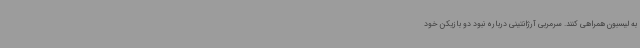
به لیسبون همراهی کنند. سرمربی آرژانتینی درباره نبود دو بازیکن خود